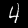
Digit: 4